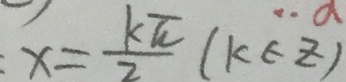
: x = \frac { k \pi } { 2 } ( k \in z )